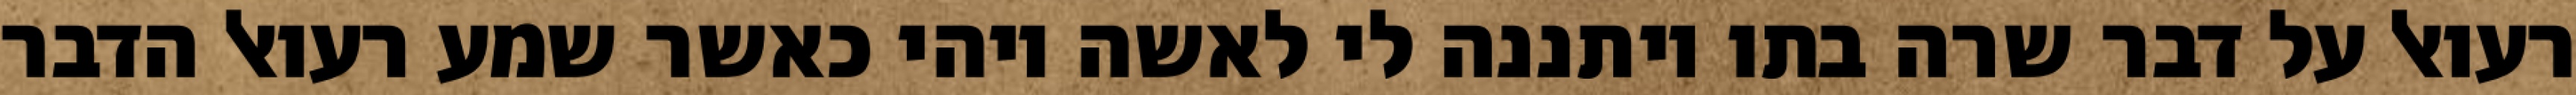
רעואל על דבר שרה בתו ויתננה לי לאשה ויהי כאשר שמע רעואל הדבר